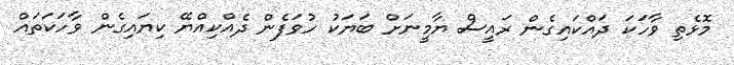
މޮޅެތި ވާހަކަ ދައްކައިގެން ރައީސް ޔާމީނަށް ބަޔަކު ހުވަފެން ދެއްކިއްޔޭ ކިޔައިގެން ވާހަކަތައް